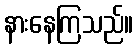
နားနေကြသည်။